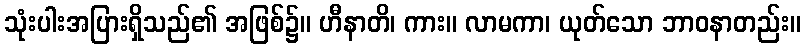
သုံးပါးအပြားရှိသည်၏ အဖြစ်၌။ ဟီနာတိ၊ ကား။ လာမကာ၊ ယုတ်သော ဘာဝနာတည်း။